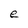
Character: e